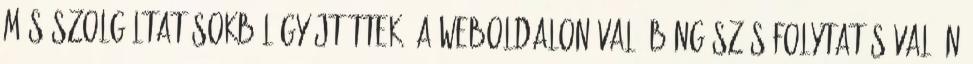
más szolgáltatásokból gyűjtöttek. A weboldalon való böngészés folytatásával Ön